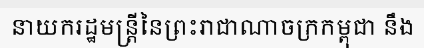
នាយករដ្ឋមន្ត្រីនៃព្រះរាជាណាចក្រកម្ពុជា នឹង